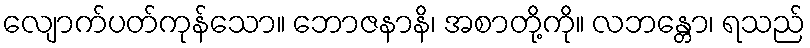
လျောက်ပတ်ကုန်သော။ ဘောဇနာနိ၊ အစာတို့ကို။ လဘန္တော၊ ရသည်